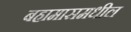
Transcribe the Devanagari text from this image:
बहामासमधील